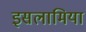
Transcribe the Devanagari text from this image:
इसलामिया